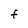
Character: F